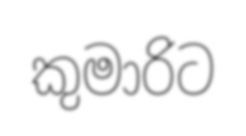
කුමාරිට